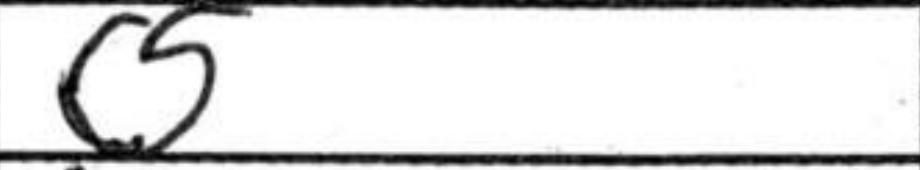
Transcription: c5